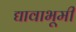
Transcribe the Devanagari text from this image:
द्यावाभूमी